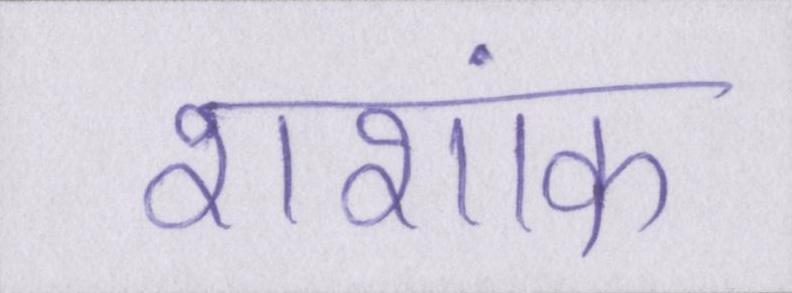
शशांक